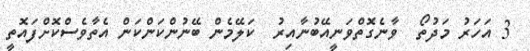
3 އަހަރު މަދުތޯ  ވާނެގޮތްވަނީއޭބުނާއިރު  ކަލޭމެން ބޭނުންކަންކަން އެތާވެސްކޮށްފައޮތީ